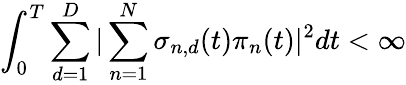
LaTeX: \int_{0}^{T}\sum_{d=1}^{D}|\sum_{n=1}^{N}\mathbf{\sigma}_{n,d}(t)\pi_{n}(t)|^{2}dt<\infty